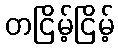
တငြိမ့်ငြိမ့်